system: You are a helpful assistant.
user:
Analyze the provided spectrum to determine if it is a **S-type Star**.

- **Key Indicators for S-type Star:**

    - **(Overall Spectrum Shape):** The first and most obvious characteristic is the overall continuum (the "baseline" shape). It is **extremely "red-sloping,"** meaning the flux (light intensity) is very low on the left side (blue, ~4000-4500 Å) and rises steeply and continuously toward the right side (red, ~7000 Å+).

    - **(Primary):** The spectrum is defined by the presence of strong, broad molecular absorption "valleys" (bands) from **Zirconium Oxide (ZrO)**. The identification of these bands is the **primary requirement** for classifying a star as S-type.
        - **(Key Bandheads):** You must find distinct, deep "dips" where the light has been absorbed. The most critical band systems to locate are:
            - **~6474 Å** ($\gamma$-system): This is often the strongest and clearest ZrO feature, found in the red part of the spectrum.
            - **~5718 Å** & **~5551 Å** ($\beta$-system): A pair of prominent absorption features in the yellow-orange part of the spectrum.
            - **~4640 Å** ($\alpha$-system): A key absorption band system in the blue-green region of the spectrum.

    - **(Secondary Confirmation):** The classification is strengthened by finding additional absorption bands from other related heavy element oxides, which are expected to be present alongside ZrO.
        - **(Key Bandheads):**
            - **Yttrium Oxide (YO):** Look for absorption dips near **~4800 Å** and **~6100 Å**.
            - **Lanthanum Oxide (LaO):** Additional absorption features, particularly in the red-orange part of the spectrum, are also characteristic.

    - **(Line Profile):** The combination of the steep red continuum and these numerous, deep molecular bands (ZrO, YO, etc.) gives the entire spectrum a very **"chopped-up"** or **"bumpy"** appearance. Instead of a smooth curve, the spectrum looks as though large, wide chunks of light have been "carved out" of it at the specific wavelengths listed above.

Think first, call **spectral_visualization_tool** if needed to examine features in detail, then provide your final answer. Your response must adhere to the following strict rules:
1.  **Overall Structure:** Your response must follow the format `<think>...</think> <tool_call>...</tool_call> (if a tool is used) <answer>...</answer>`.
2.  **Tool Usage Constraint:** You may only make **one** tool call per turn.
3.  **Final Answer Format:** In the `<answer>` tag, your conclusion must be inside a `\boxed{}` command (e.g., `\boxed{YES}` or `\boxed{NO}`), followed by your justification.

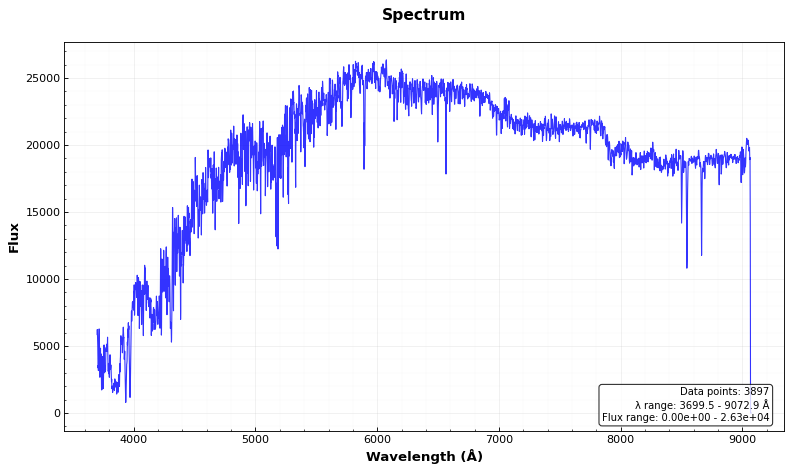
Answer: NO